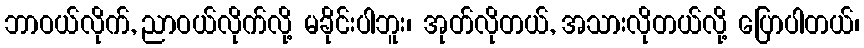
ဘာဝယ်လိုက်, ညာဝယ်လိုက်လို့ မခိုင်းပါဘူး၊ အုတ်လိုတယ်, အသားလိုတယ်လို့ ပြောပါတယ်၊